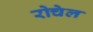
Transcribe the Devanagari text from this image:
रोचेल